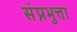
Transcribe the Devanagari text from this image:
संप्रभुत्ता